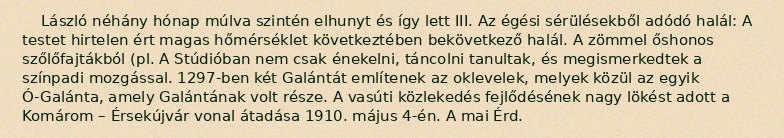
László néhány hónap múlva szintén elhunyt és így lett III. Az égési sérülésekből adódó halál: A testet hirtelen ért magas hőmérséklet következtében bekövetkező halál. A zömmel őshonos szőlőfajtákból (pl. A Stúdióban nem csak énekelni, táncolni tanultak, és megismerkedtek a színpadi mozgással. 1297-ben két Galántát említenek az oklevelek, melyek közül az egyik Ó-Galánta, amely Galántának volt része. A vasúti közlekedés fejlődésének nagy lökést adott a Komárom – Érsekújvár vonal átadása 1910. május 4-én. A mai Érd.